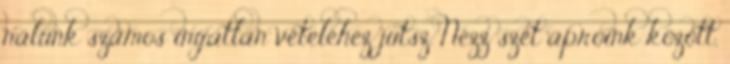
nálunk számos ingatlan vételéhez jutsz. Nézz szét apróink között,